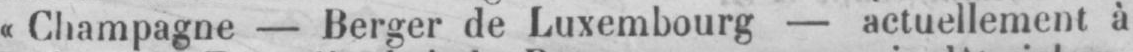
«Champagne - Berger de Luxembourg - actuellement à